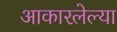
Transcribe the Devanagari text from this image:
आकारलेल्या